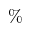
\%